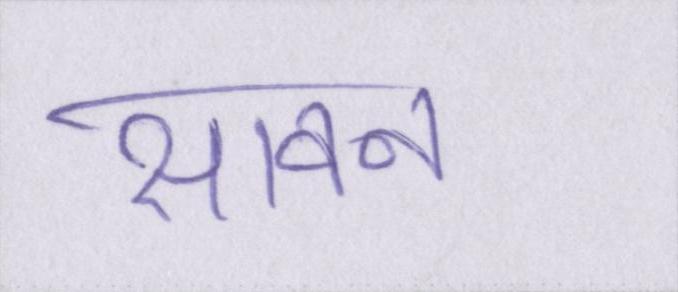
सावन